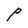
Character: P